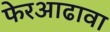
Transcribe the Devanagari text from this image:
फेरआढावा